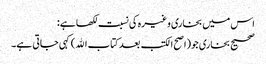
اس میں بخاری وغیرہ کی نسبت لکھا ہے:
صحیح بخاری جو(اصح الکتب بعد کتاب الله)کہی جاتی ہے۔